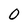
Character: 0